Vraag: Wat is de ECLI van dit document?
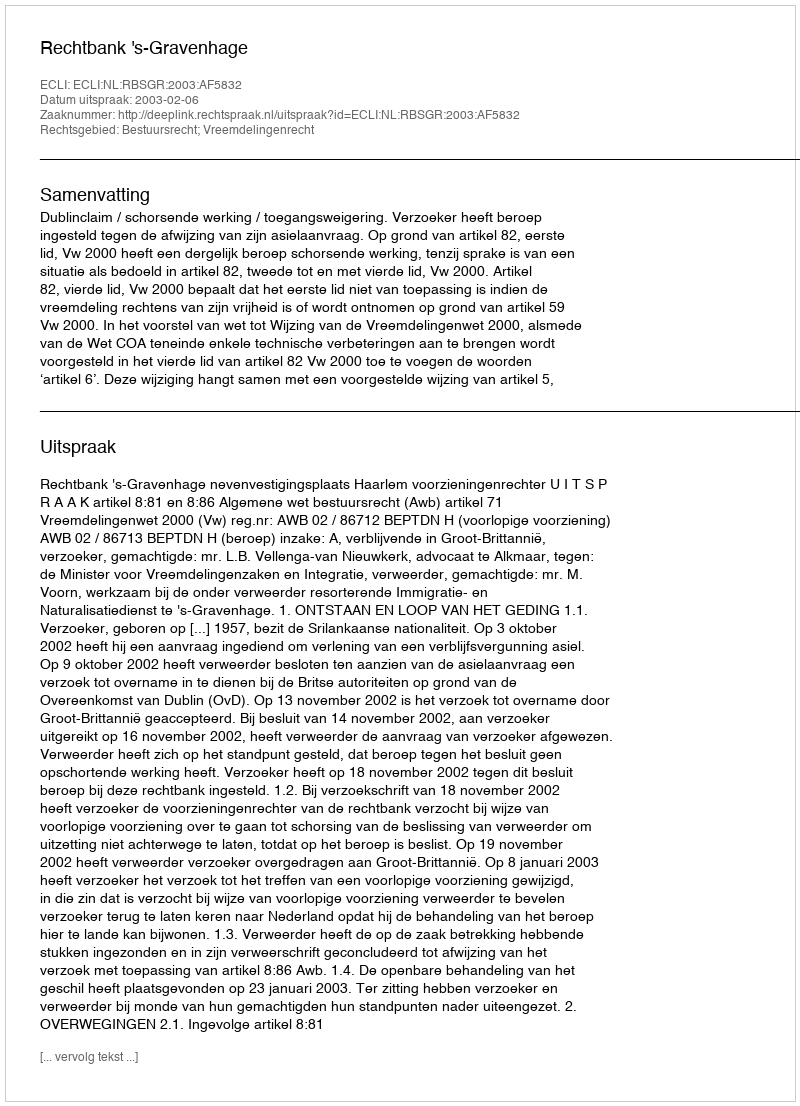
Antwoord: ECLI:NL:RBSGR:2003:AF5832